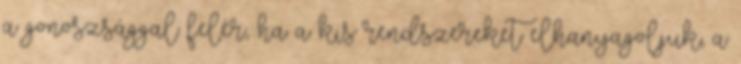
a gonoszsággal felér, ha a kis rendszereket elhanyagoljuk, a